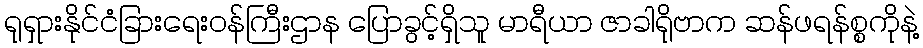
ရုရှားနိုင်ငံခြားရေးဝန်ကြီးဌာန ပြောခွင့်ရှိသူ မာရီယာ ဇာခါရိုဗာက ဆန်ဖရန်စ္စကိုနဲ့